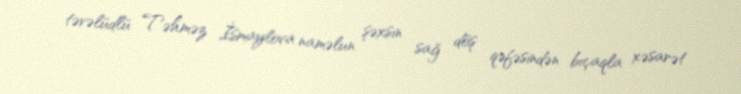
təvəlüdlü Təhməz İsmaylova naməlun şəxsin sağ döş qəfəsindən bıçaqla xəsarət